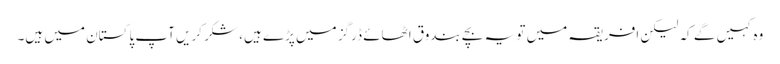
وہ کہیں گے کہ لیکن افریقہ میں تو یہ بچے بندوق اٹھائے ڈرگز میں پڑے ہیں، شکر کریں آپ پاکستان میں ہیں۔